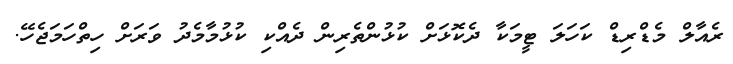
ރެއާލް މެޑްރިޑް ކަހަލަ ޓީމަކާ ދެކޮޅަށް ކުޅުންތެރިން ދެއްކި ކުޅުމާމެދު ވަރަށް ހިތްހަމަޖެހޭ.